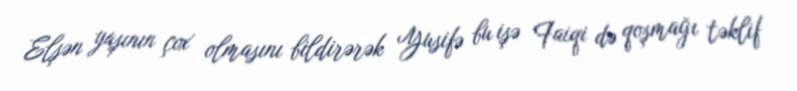
Elşən yaşının çox olmasını bildirərək Yusifə bu işə Faiqi də qoşmağı təklif